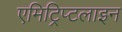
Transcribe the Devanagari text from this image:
एमिट्रिप्टलाइन